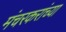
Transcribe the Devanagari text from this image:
मंचरकरांच्या